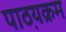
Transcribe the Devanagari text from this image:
पाठ़यक्रम